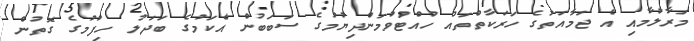
މަރާލުމާއި އެ ޖަމާއަތުގެ ހަރަކާތްތައް ހުއްޓުވުމަންދިޔުމުގެ ސަބަބުން އެކަމުގެ ބަދަލު ހިފުމުގެ ގޮތުން